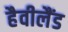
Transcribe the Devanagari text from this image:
हैवीलैंड